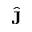
\hat { \bf J }